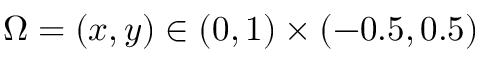
\Omega = ( x , y ) \in ( 0 , 1 ) \times ( - 0 . 5 , 0 . 5 )